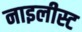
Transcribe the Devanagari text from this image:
नाइलीस्ट